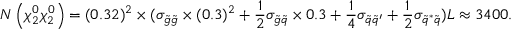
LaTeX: N \left( \chi _ { 2 } ^ { 0 } \chi _ { 2 } ^ { 0 } \right) = ( 0 . 3 2 ) ^ { 2 } \times ( \sigma _ { \tilde { g } \tilde { g } } \times ( 0 . 3 ) ^ { 2 } + \frac { 1 } { 2 } \sigma _ { \tilde { g } \tilde { q } } \times 0 . 3 + \frac { 1 } { 4 } \sigma _ { \tilde { q } \tilde { q } ^ { \prime } } + \frac { 1 } { 2 } \sigma _ { \tilde { q } ^ { \ast } \tilde { q } } ) L \approx 3 4 0 0 .